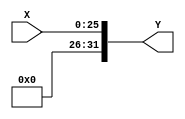
module ExtensorSinal26_32(X,Y);

	input [25:0] X;
	output reg [31:0] Y;
	
	always@(*)
	begin
		Y = {6'b000000,X};
	end
	
endmodule